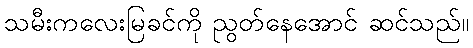
သမီးကလေးမြခင်ကို ညွတ်နေအောင် ဆင်သည်။